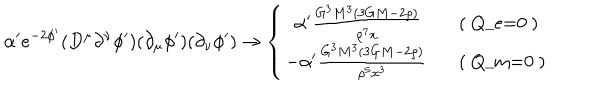
\alpha ^ { \prime } e ^ { - 2 \phi ^ { \prime } } ( D ^ { \mu } \partial ^ { \nu } \phi ^ { \prime } ) ( \partial _ { \mu } \phi ^ { \prime } ) ( \partial _ { \nu } \phi ^ { \prime } ) \rightarrow \left\{ \left\{ \begin{cases} { { ~ ~ \alpha ^ { \prime } \frac { G ^ { 3 } M ^ { 3 } ( 3 G M - 2 \rho ) } { \rho ^ { 7 } x } } } & { { ( Q _ { e } = 0 ) } } \\ { { - \alpha ^ { \prime } \frac { G ^ { 3 } M ^ { 3 } ( 3 G M - 2 \rho ) } { \rho ^ { 5 } x ^ { 3 } } } } & { { ( Q _ { m } = 0 ) } } \\ \end{cases} \right. \right.